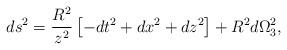
LaTeX: \begin{align*}ds^2 = \frac{R^2}{z^2} \left [ -dt^2 + dx^2 + dz^2 \right ] + R^2 d\Omega_3^2,\end{align*}